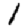
Digit: 1